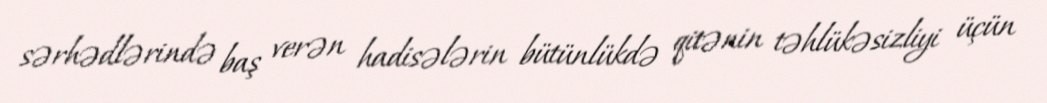
sərhədlərində baş verən hadisələrin bütünlükdə qitənin təhlükəsizliyi üçün